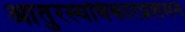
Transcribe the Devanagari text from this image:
आतुरस्यविकारप्रशमनं